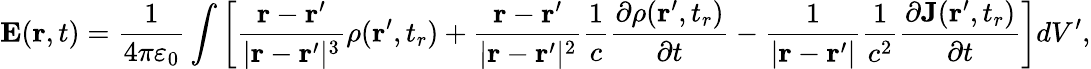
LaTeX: \mathbf{E}(\mathbf{r},t)={\frac{1}{4\pi\varepsilon_{0}}}\int\left[{\frac{\mathbf{r}-\mathbf{r}^{\prime}}{|\mathbf{r}-\mathbf{r}^{\prime}|^{3}}}\rho(\mathbf{r}^{\prime},t_{r})+{\frac{\mathbf{r}-\mathbf{r}^{\prime}}{|\mathbf{r}-\mathbf{r}^{\prime}|^{2}}}{\frac{1}{c}}{\frac{\partial\rho(\mathbf{r}^{\prime},t_{r})}{\partial t}}-{\frac{1}{|\mathbf{r}-\mathbf{r}^{\prime}|}}{\frac{1}{c^{2}}}{\frac{\partial\mathbf{J}(\mathbf{r}^{\prime},t_{r})}{\partial t}}\right]dV^{\prime},